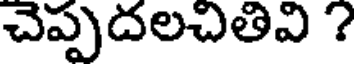
చెప్పదలచితివి ?